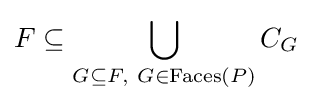
F\subseteq \bigcup _{G\subseteq F,~G\in {\textrm {Faces}}(P)}C_{G}